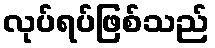
လုပ်ရပ်ဖြစ်သည်